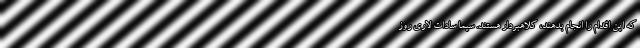
که این اقدام را انجام بدهند، کلاهبردار هستند. سیما سادات لاری روز